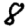
Digit: 8